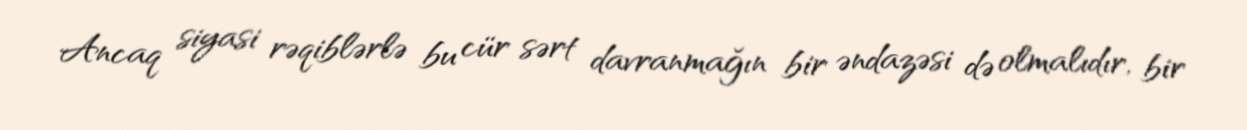
Ancaq siyasi rəqiblərlə bu cür sərt davranmağın bir əndazəsi də olmalıdır, bir